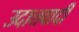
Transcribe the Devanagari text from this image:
उदात्तवादी